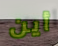
أين